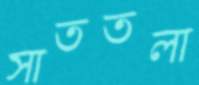
সাততলা